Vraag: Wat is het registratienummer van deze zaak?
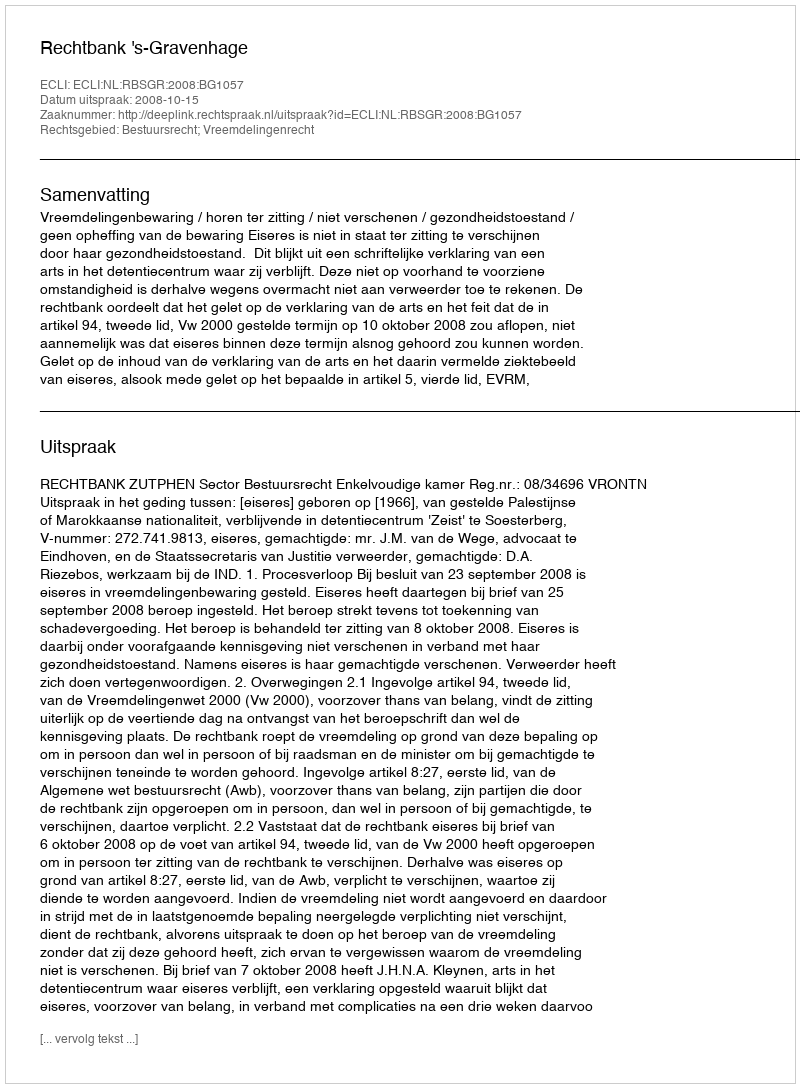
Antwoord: http://deeplink.rechtspraak.nl/uitspraak?id=ECLI:NL:RBSGR:2008:BG1057